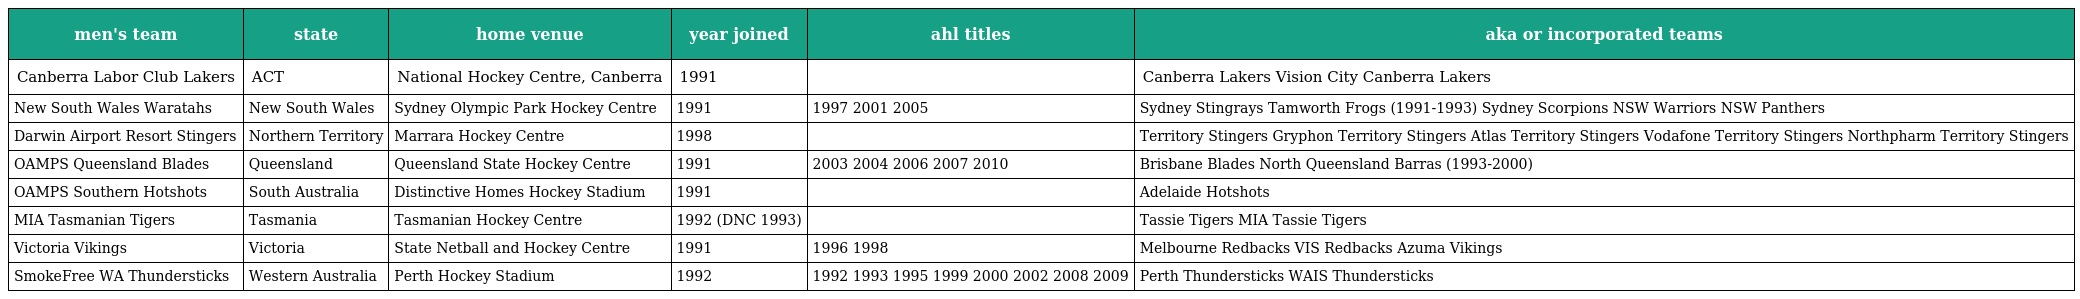
| men's team | state | home venue | year joined | ahl titles | aka or incorporated teams |
 | --- | --- | --- | --- | --- | --- |
 | Canberra Labor Club Lakers | ACT | National Hockey Centre, Canberra | 1991 |  | Canberra Lakers Vision City Canberra Lakers |
 | New South Wales Waratahs | New South Wales | Sydney Olympic Park Hockey Centre | 1991 | 1997 2001 2005 | Sydney Stingrays Tamworth Frogs (1991-1993) Sydney Scorpions NSW Warriors NSW Panthers |
 | Darwin Airport Resort Stingers | Northern Territory | Marrara Hockey Centre | 1998 |  | Territory Stingers Gryphon Territory Stingers Atlas Territory Stingers Vodafone Territory Stingers Northpharm Territory Stingers |
 | OAMPS Queensland Blades | Queensland | Queensland State Hockey Centre | 1991 | 2003 2004 2006 2007 2010 | Brisbane Blades North Queensland Barras (1993-2000) |
 | OAMPS Southern Hotshots | South Australia | Distinctive Homes Hockey Stadium | 1991 |  | Adelaide Hotshots |
 | MIA Tasmanian Tigers | Tasmania | Tasmanian Hockey Centre | 1992 (DNC 1993) |  | Tassie Tigers MIA Tassie Tigers |
 | Victoria Vikings | Victoria | State Netball and Hockey Centre | 1991 | 1996 1998 | Melbourne Redbacks VIS Redbacks Azuma Vikings |
 | SmokeFree WA Thundersticks | Western Australia | Perth Hockey Stadium | 1992 | 1992 1993 1995 1999 2000 2002 2008 2009 | Perth Thundersticks WAIS Thundersticks |